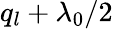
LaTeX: q_{l}+\lambda_{0}/2